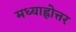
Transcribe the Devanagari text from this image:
मध्याह्नोत्तर